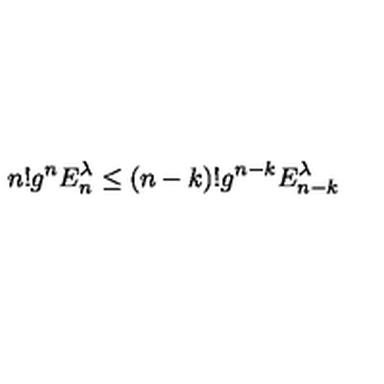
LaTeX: n ! g ^ { n } E _ { n } ^ { \lambda } \le ( n - k ) ! g ^ { n - k } E _ { n - k } ^ { \lambda } ~